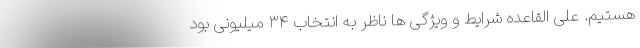
هستیم. علی القاعده شرایط و ویژگی ها ناظر به انتخاب ۳۴ میلیونی بود